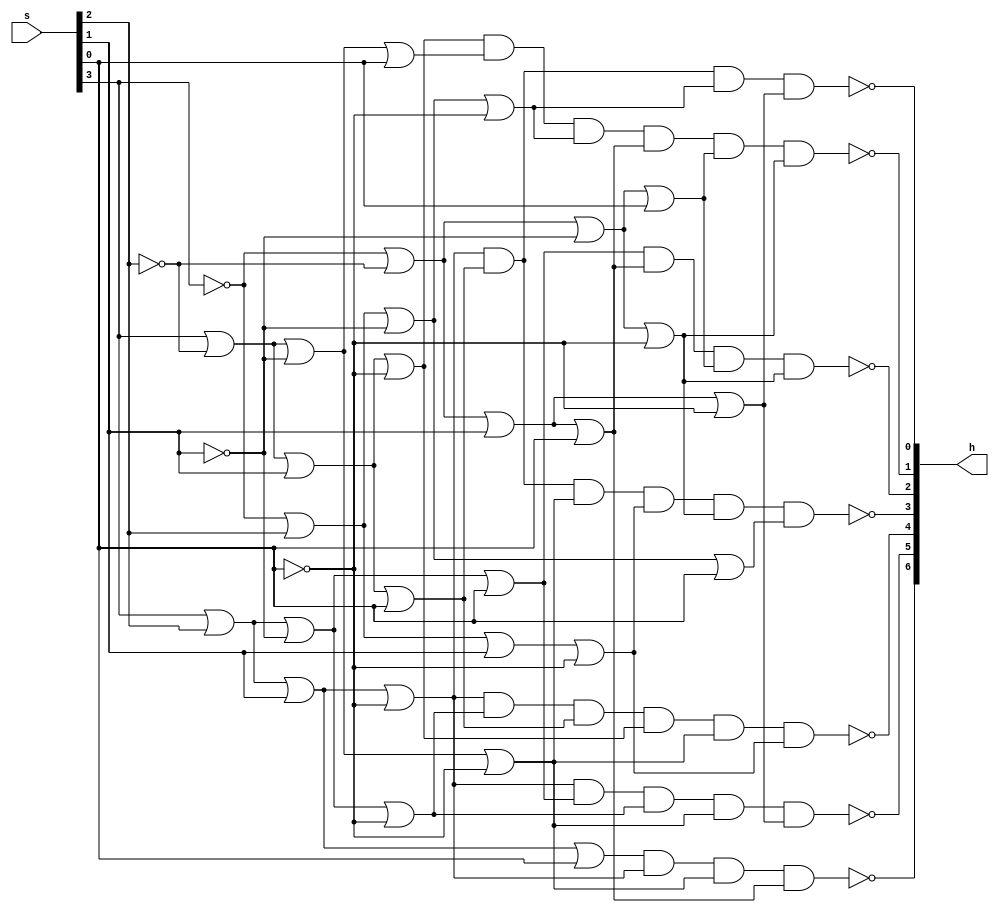
//Display for HEX 
module displayHEX (s,h);

input[3:0] s;
output[6:0] h;

assign h[0] = ~((s[3]|s[2]|s[1]|~s[0])&(s[3]|~s[2]|s[1]|s[0])&(~s[3]|s[2]|~s[1]|~s[0])&(~s[3]|~s[2]|s[1]|~s[0]));
assign h[1] = ~((s[3]|~s[2]|s[1]|~s[0])&(s[3]|~s[2]|~s[1]|s[0])&(~s[3]|s[2]|~s[1]|~s[0])&(~s[3]|~s[2]|s[1]|s[0])&(~s[3]|~s[2]|~s[1]|s[0])&(~s[3]|~s[2]|~s[1]|~s[0]));
assign h[2] = ~((s[3]|s[2]|~s[1]|s[0])&(~s[3]|~s[2]|s[1]|s[0])&(~s[3]|~s[2]|~s[1]|s[0])&(~s[3]|~s[2]|~s[1]|~s[0]));
assign h[3] = ~((s[3]|s[2]|s[1]|~s[0])&(s[3]|~s[2]|s[1]|s[0])&(s[3]|~s[2]|~s[1]|~s[0])&(~s[3]|s[2]|s[1]|~s[0])&(~s[3]|~s[2]|~s[1]|~s[0])&(~s[3]|s[2]|~s[1]|s[0]));
assign h[4] = ~((s[3]|s[2]|s[1]|~s[0])&(s[3]|s[2]|~s[1]|~s[0])&(s[3]|~s[2]|s[1]|s[0])&(s[3]|~s[2]|s[1]|~s[0])&(s[3]|~s[2]|~s[1]|~s[0])&(~s[3]|s[2]|s[1]|~s[0]));
assign h[5] = ~((s[3]|s[2]|s[1]|~s[0])&(s[3]|s[2]|~s[1]|s[0])&(s[3]|s[2]|~s[1]|~s[0])&(s[3]|~s[2]|~s[1]|~s[0])&(~s[3]|~s[2]|s[1]|~s[0]));
assign h[6] = ~((s[3]|s[2]|s[1]|s[0])&(s[3]|s[2]|s[1]|~s[0])&(s[3]|~s[2]|~s[1]|~s[0])&(~s[3]|~s[2]|s[1]|s[0]));

endmodule